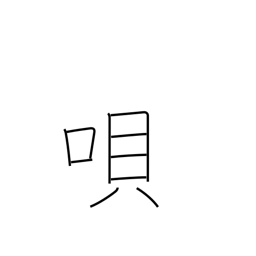
Meaning: song